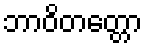
ဘာဝိတတ္တော